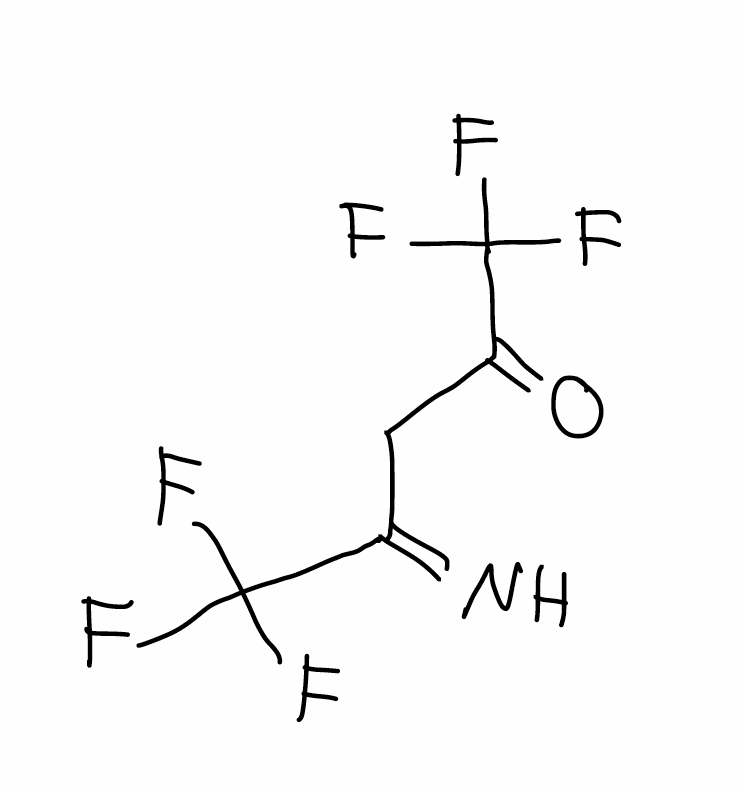
Simplified molecular-input line-entry system (SMILES) notation of the given molecule:
C(C(=N)C(F)(F)F)C(=O)C(F)(F)F